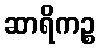
ဆာရိကဉ္စ